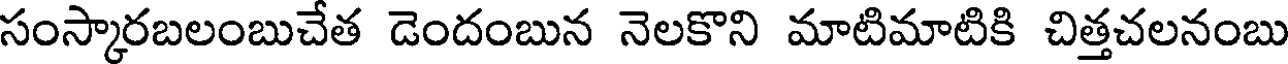
సంస్కారబలంబుచేత డెందంబున నెలకొని మాటిమాటికి చిత్తచలనంబు